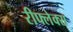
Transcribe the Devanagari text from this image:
रीफ्लेक्स